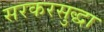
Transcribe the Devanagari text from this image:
सरकरसुद्धा